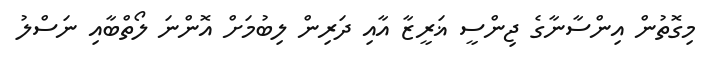
މިގޮތުން އިންސާނާގެ ޖިންސީ ޣަރީޒާ އާއި ދަރިން ލިބުމަށް އޮންނަ ލޯތްބާއި ނަސްލު